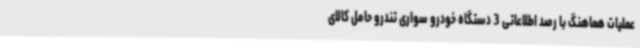
عملیات هماهنگ با رصد اطلاعاتی 3 دستگاه خودرو سواری تندرو حامل کالای